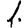
Digit: 1